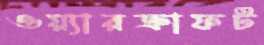
ওয়্যারক্রাফট